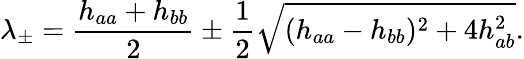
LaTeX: \lambda_{\pm}=\frac{h_{aa}+h_{bb}}{2}\pm\frac{1}{2}\sqrt{(h_{aa}-h_{bb})^{2}+4h_{ab}^{2}}.